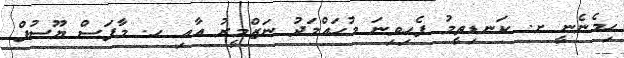
ހިމެނެނީ ށ. ކަނޑިތީމު ފެހިވިނަ މުހައްމަދު ނަޒްމީރު އާއި ހ. މާފަސް ޔޫސުފް